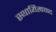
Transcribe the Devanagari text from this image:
स्थायित्ववाद